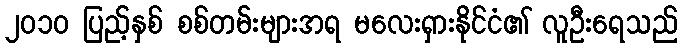
၂၀၁၀ ပြည့်နှစ် စစ်တမ်းများအရ မလေးရှားနိုင်ငံ၏ လူဦးရေသည်